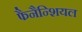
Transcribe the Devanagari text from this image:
फैनैन्शियल